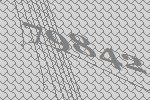
79842